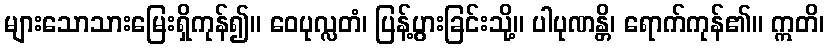
များသောသားမြေးရှိကုန်၍။ ဝေပုလ္လတံ၊ ပြန့်ပွားခြင်းသို့။ ပါပုဏန္တိ၊ ရောက်ကုန်၏။ ဣတိ၊